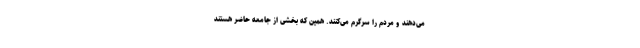
می‌دهند و مردم را سرگرم می‌کنند. همین که بخشی از جامعه حاضر هستند